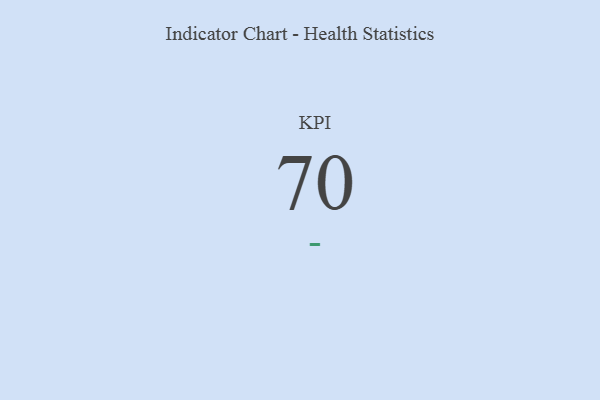
{"axis": {"x": "KPI", "y": "Value"}, "legend": [""], "data": [{"x": "KPI", "y": 70, "type": ""}]}